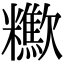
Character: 𣤹